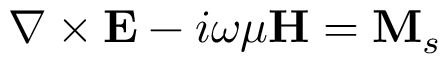
\nabla \times \mathbf { E } - i \omega \mu \mathbf { H } = \mathbf { M } _ { s }